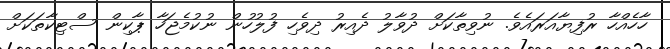
ހާހެއްހާ ރުފިޔާއަރައެވެ. ނުވިތާކަށް ދުވާލު ދެއިރު ދިވެހި ފުލުހުން ނުކުމެޖަހާ ޕާކިން ސްޓިކާތަކަށް